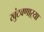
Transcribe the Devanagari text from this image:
खुंटवणाऱ्या